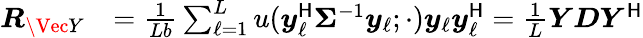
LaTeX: \begin{array}{rl}{\boldsymbol{R}_{\Vec{Y}}}&{=\frac{1}{Lb}\sum_{\ell=1}^{L}u(\boldsymbol{y}_{\ell}^{\sf H}\boldsymbol{\Sigma}^{-1}\boldsymbol{y}_{\ell};\cdot)\boldsymbol{y}_{\ell}\boldsymbol{y}_{\ell}^{\sf H}=\frac{1}{L}\boldsymbol{Y}\boldsymbol{D}\boldsymbol{Y}^{\sf H}}\end{array}